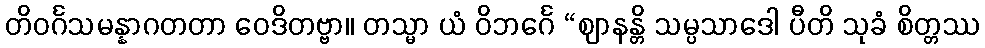
တိဝင်္ဂသမန္နာဂတတာ ဝေဒိတဗ္ဗာ။ တသ္မာ ယံ ဝိဘင်္ဂေ “ဈာနန္တိ သမ္ပသာဒေါ ပီတိ သုခံ စိတ္တဿ